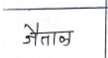
मजकूर: जैताळ